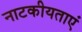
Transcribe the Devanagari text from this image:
नाटकीयताएं